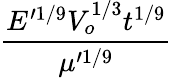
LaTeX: \frac{E^{\prime 1/9}V_{o}^{1/3}t^{1/9}}{\mu^{\prime 1/9}}